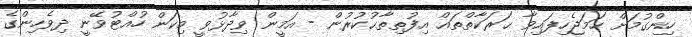
ހިންގުމަށް ހަމަޖެހިފައިވާ ޙަރަކާތްތައް އިފުތިތާޙުކުރުން - އަމީން ވިދާޅުވީ މިކަން ހުއްޓުވޭނީ ދިވެހިންގެ